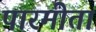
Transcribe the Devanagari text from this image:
पारमीता